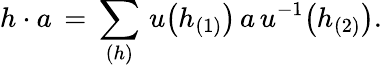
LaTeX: h\cdot a\, =\, \sum_{(h)}\, u\big(h_{(1)}\big)\, a\, u^{-1}\big(h_{(2)}\big).